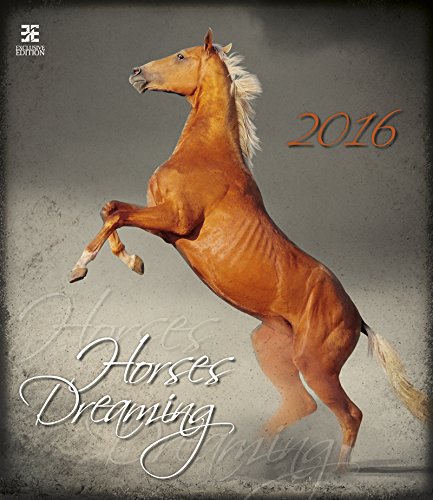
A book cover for Horses Dreaming Wall Calendar 2016 - Horse Calendar - Animal Calendar - Poster Calendar - Art Calendar By Helma; MegaCalendars; Calendars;